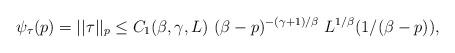
LaTeX: \begin{align*} \psi_{\tau}(p) = ||\tau||_p \le C_1(\beta,\gamma,L) \ (\beta - p)^{-(\gamma + 1)/\beta} \ L^{1/\beta}(1/(\beta - p)),\end{align*}